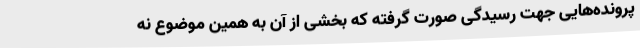
پرونده‌هایی جهت رسیدگی صورت گرفته‌ که بخشی از آن به همین موضوع نه